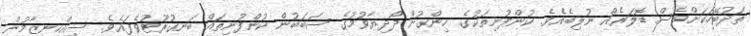
ތަދުބޭހަކަށްވެސް ޑޮލަރެއް ނުލިބެއެވެ. ކުންފުނިތަކުގެ ހިންގުން ދޯދިޔާވުމުގެ ސަބަބުން ކުންފުނިތައް ބަނގުރޫޓުވެފައެވެ. ސިއްހީނިޒާމުން